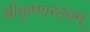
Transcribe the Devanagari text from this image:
श्रीकृष्णस्तवम्